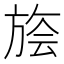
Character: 𰕭